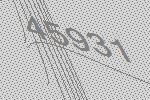
45931